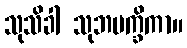
သုသိခါ သုဘပက္ခိကာ။